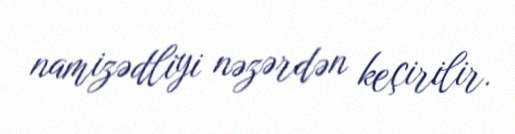
namizədliyi nəzərdən keçirilir.